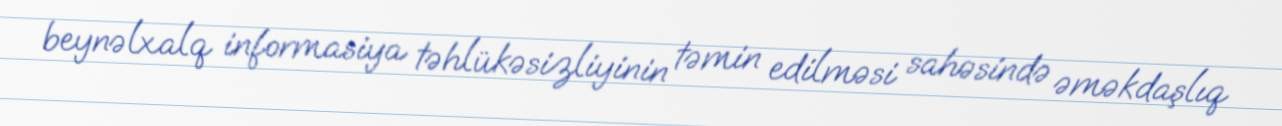
beynəlxalq informasiya təhlükəsizliyinin təmin edilməsi sahəsində əməkdaşlıq